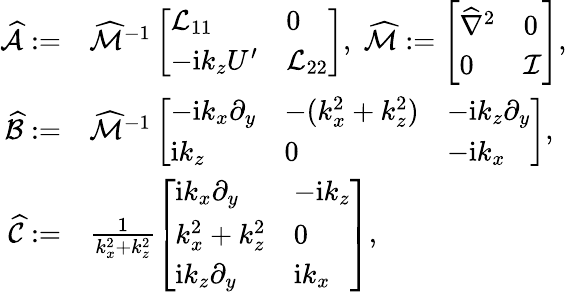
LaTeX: \begin{array}{rl}{\widehat{\mathcal{A}}:=}&{\widehat{\mathcal{M}}^{-1}\left[\begin{array}{ll}{\mathcal{L}_{11}}&{0}\\ {-\mathrm{i}k_{z}U^{\prime}}&{\mathcal{L}_{22}}\end{array}\right],\; \widehat{\mathcal{M}}:=\left[\begin{array}{ll}{\widehat{\nabla}^{2}}&{0}\\ {0}&{\mathcal{I}}\end{array}\right],}\\ {\mathcal{\widehat{B}}:=}&{\widehat{\mathcal{M}}^{-1}\left[\begin{array}{lll}{-\mathrm{i}k_{x}\partial_{y}}&{-(k_{x}^{2}+k_{z}^{2})}&{-\mathrm{i}k_{z}\partial_{y}}\\ {\mathrm{i}k_{z}}&{0}&{-\mathrm{i}k_{x}}\end{array}\right],}\\ {\mathcal{\widehat{C}}:=}&{\frac{1}{k_{x}^{2}+k_{z}^{2}}\left[\begin{array}{ll}{\mathrm{i}k_{x}\partial_{y}}&{-\mathrm{i}k_{z}}\\ {k_{x}^{2}+k_{z}^{2}}&{0}\\ {\mathrm{i}k_{z}\partial_{y}}&{\mathrm{i}k_{x}}\end{array}\right],}\end{array}